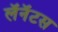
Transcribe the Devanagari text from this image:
लॅनॅटस